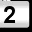
Digit: 2